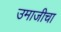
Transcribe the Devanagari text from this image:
उमाजीचा